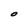
Character: O